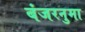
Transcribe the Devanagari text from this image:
बंजरनुमा